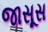
જાસૂસ